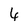
Character: 6